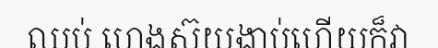
ឈប់ ហេងស៊យងាប់ហើយក៏វា